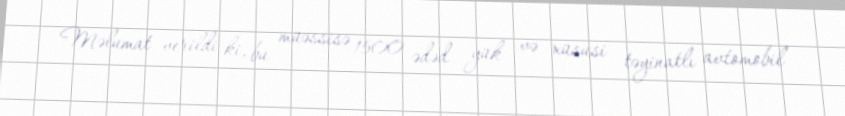
Məlumat verildi ki, bu müəssisə 1500 ədəd yük və xüsusi təyinatlı avtomobil